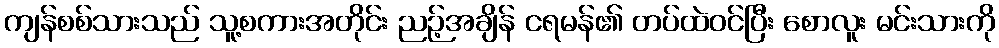
ကျန်စစ်သားသည် သူ့စကားအတိုင်း ညဉ့်အချိန် ငရမန်၏ တပ်ထဲဝင်ပြီး စောလူး မင်းသားကို